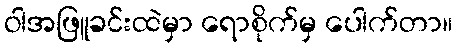
ဝါအဖြူခင်းထဲမှာ ရောစိုက်မှ ပေါက်တာ။